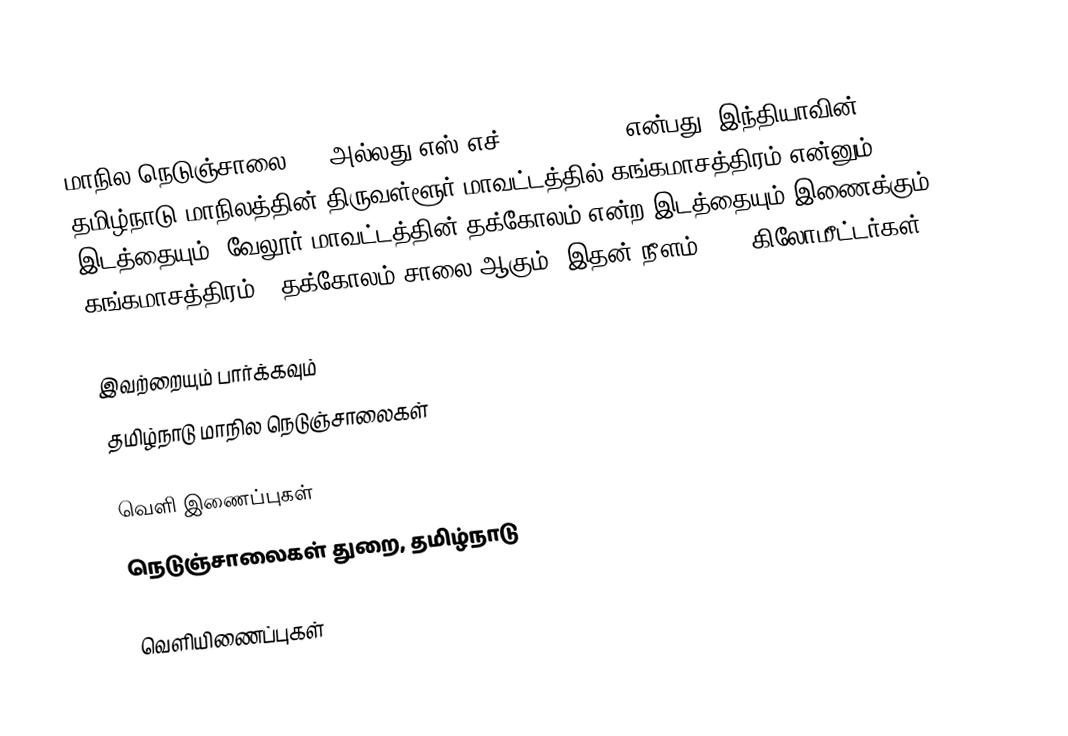
மாநில நெடுஞ்சாலை 105 அல்லது எஸ்.எச்-105 (SH 105) என்பது, இந்தியாவின் தமிழ்நாடு மாநிலத்தின் திருவள்ளூர் மாவட்டத்தில் கங்கமாசத்திரம் என்னும் இடத்தையும், வேலூர் மாவட்டத்தின் தக்கோலம் என்ற இடத்தையும் இணைக்கும் கங்கமாசத்திரம் - தக்கோலம் சாலை ஆகும். இதன் நீளம் 18.5  கிலோமீட்டர்கள் .

இவற்றையும் பார்க்கவும்
 தமிழ்நாடு மாநில நெடுஞ்சாலைகள்

வெளி இணைப்புகள்
 நெடுஞ்சாலைகள் துறை, தமிழ்நாடு

வெளியிணைப்புகள்